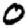
Digit: 0